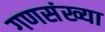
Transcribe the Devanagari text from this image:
गणसंख्या